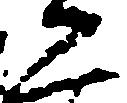
二